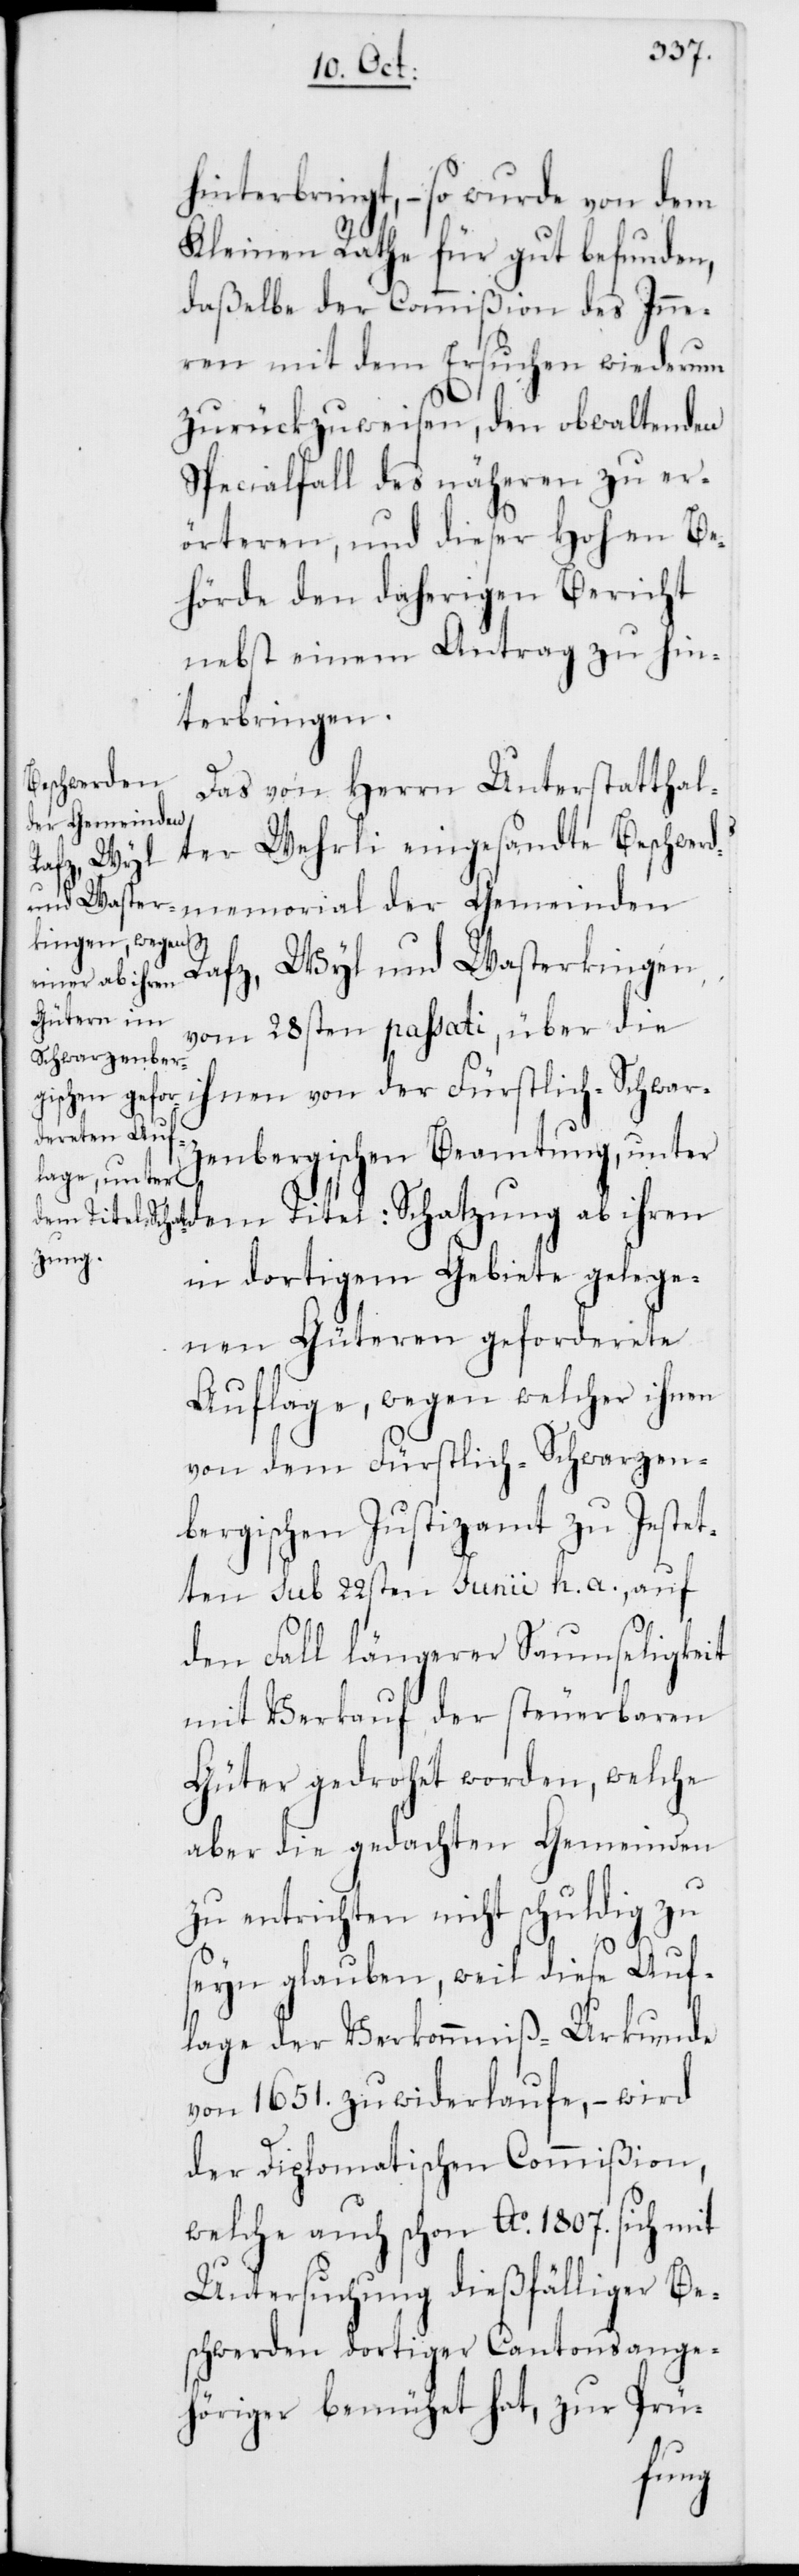
hinterbringt, – so wurde von dem
Kleinen Rathe für gut befunden,
daßelbe der Commißion des Inne¬
ren mit dem Ersuchen wiederum
zurückzuweisen, den obwaltenden
Specialfall des näheren zu er¬
örteren, und dieser Hohen Be¬
hörde den daherigen Bericht
nebst einem Antrag zu hin¬
terbringen.
Das von Herrn Unterstatthal¬
der Gemeinden
ter Wehrli eingesandte Beschwerd¬
dem Titel:
Rafz, Wyl und Wasterkingen
vom 28sten passati, über die
bergischen Beamtung, unter
in dortigem Gebiete gelege¬
nen Güteren geforderete
Auflage, wegen welcher ihnen
von dem Fürstlich-Schwarzen¬
bergischen Justizamt zu Jestet¬
ten sub 22sten Junii h. a., auf
den Fall längerer Saumseligkeit
mit Verkauf der steuerbaren
Güter gedrohet worden, welche
aber die gedachten Gemeinden
zu entrichten nicht schuldig zu
seyn glauben, weil diese Auf¬
lage der Verkommniß-Urkunde
von 1651. zuwiderlaufe, – wird
der Diplomatischen Commißion,
welche auch schon Ao 1807. sich mit
Untersuchung dießfälliger Be¬
schwerden dortiger Cantonsange¬
höriger bemühet hat, zur Prü-